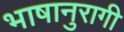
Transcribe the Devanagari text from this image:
भाषानुरागी